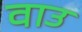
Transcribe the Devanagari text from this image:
वाउ